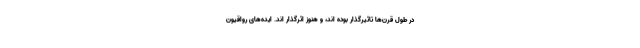
در طول قرن‌ها تاثیرگذار بوده اند، و هنوز اثرگذار اند. ایده‌های رواقیون